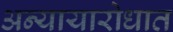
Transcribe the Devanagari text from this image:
अन्यायारोधात